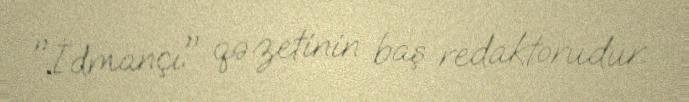
"İdmançı" qəzetinin baş redaktorudur.